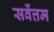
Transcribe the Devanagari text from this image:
सर्वेत्तम